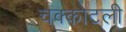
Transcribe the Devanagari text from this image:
चक्कोटली